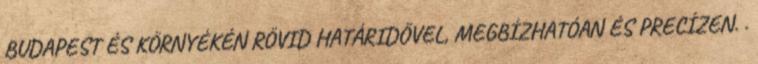
BUDAPEST ÉS KÖRNYÉKÉN RÖVID HATÁRIDŐVEL, MEGBÍZHATÓAN ÉS PRECÍZEN. .